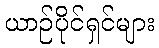
ယာဉ်ပိုင်ရှင်များ